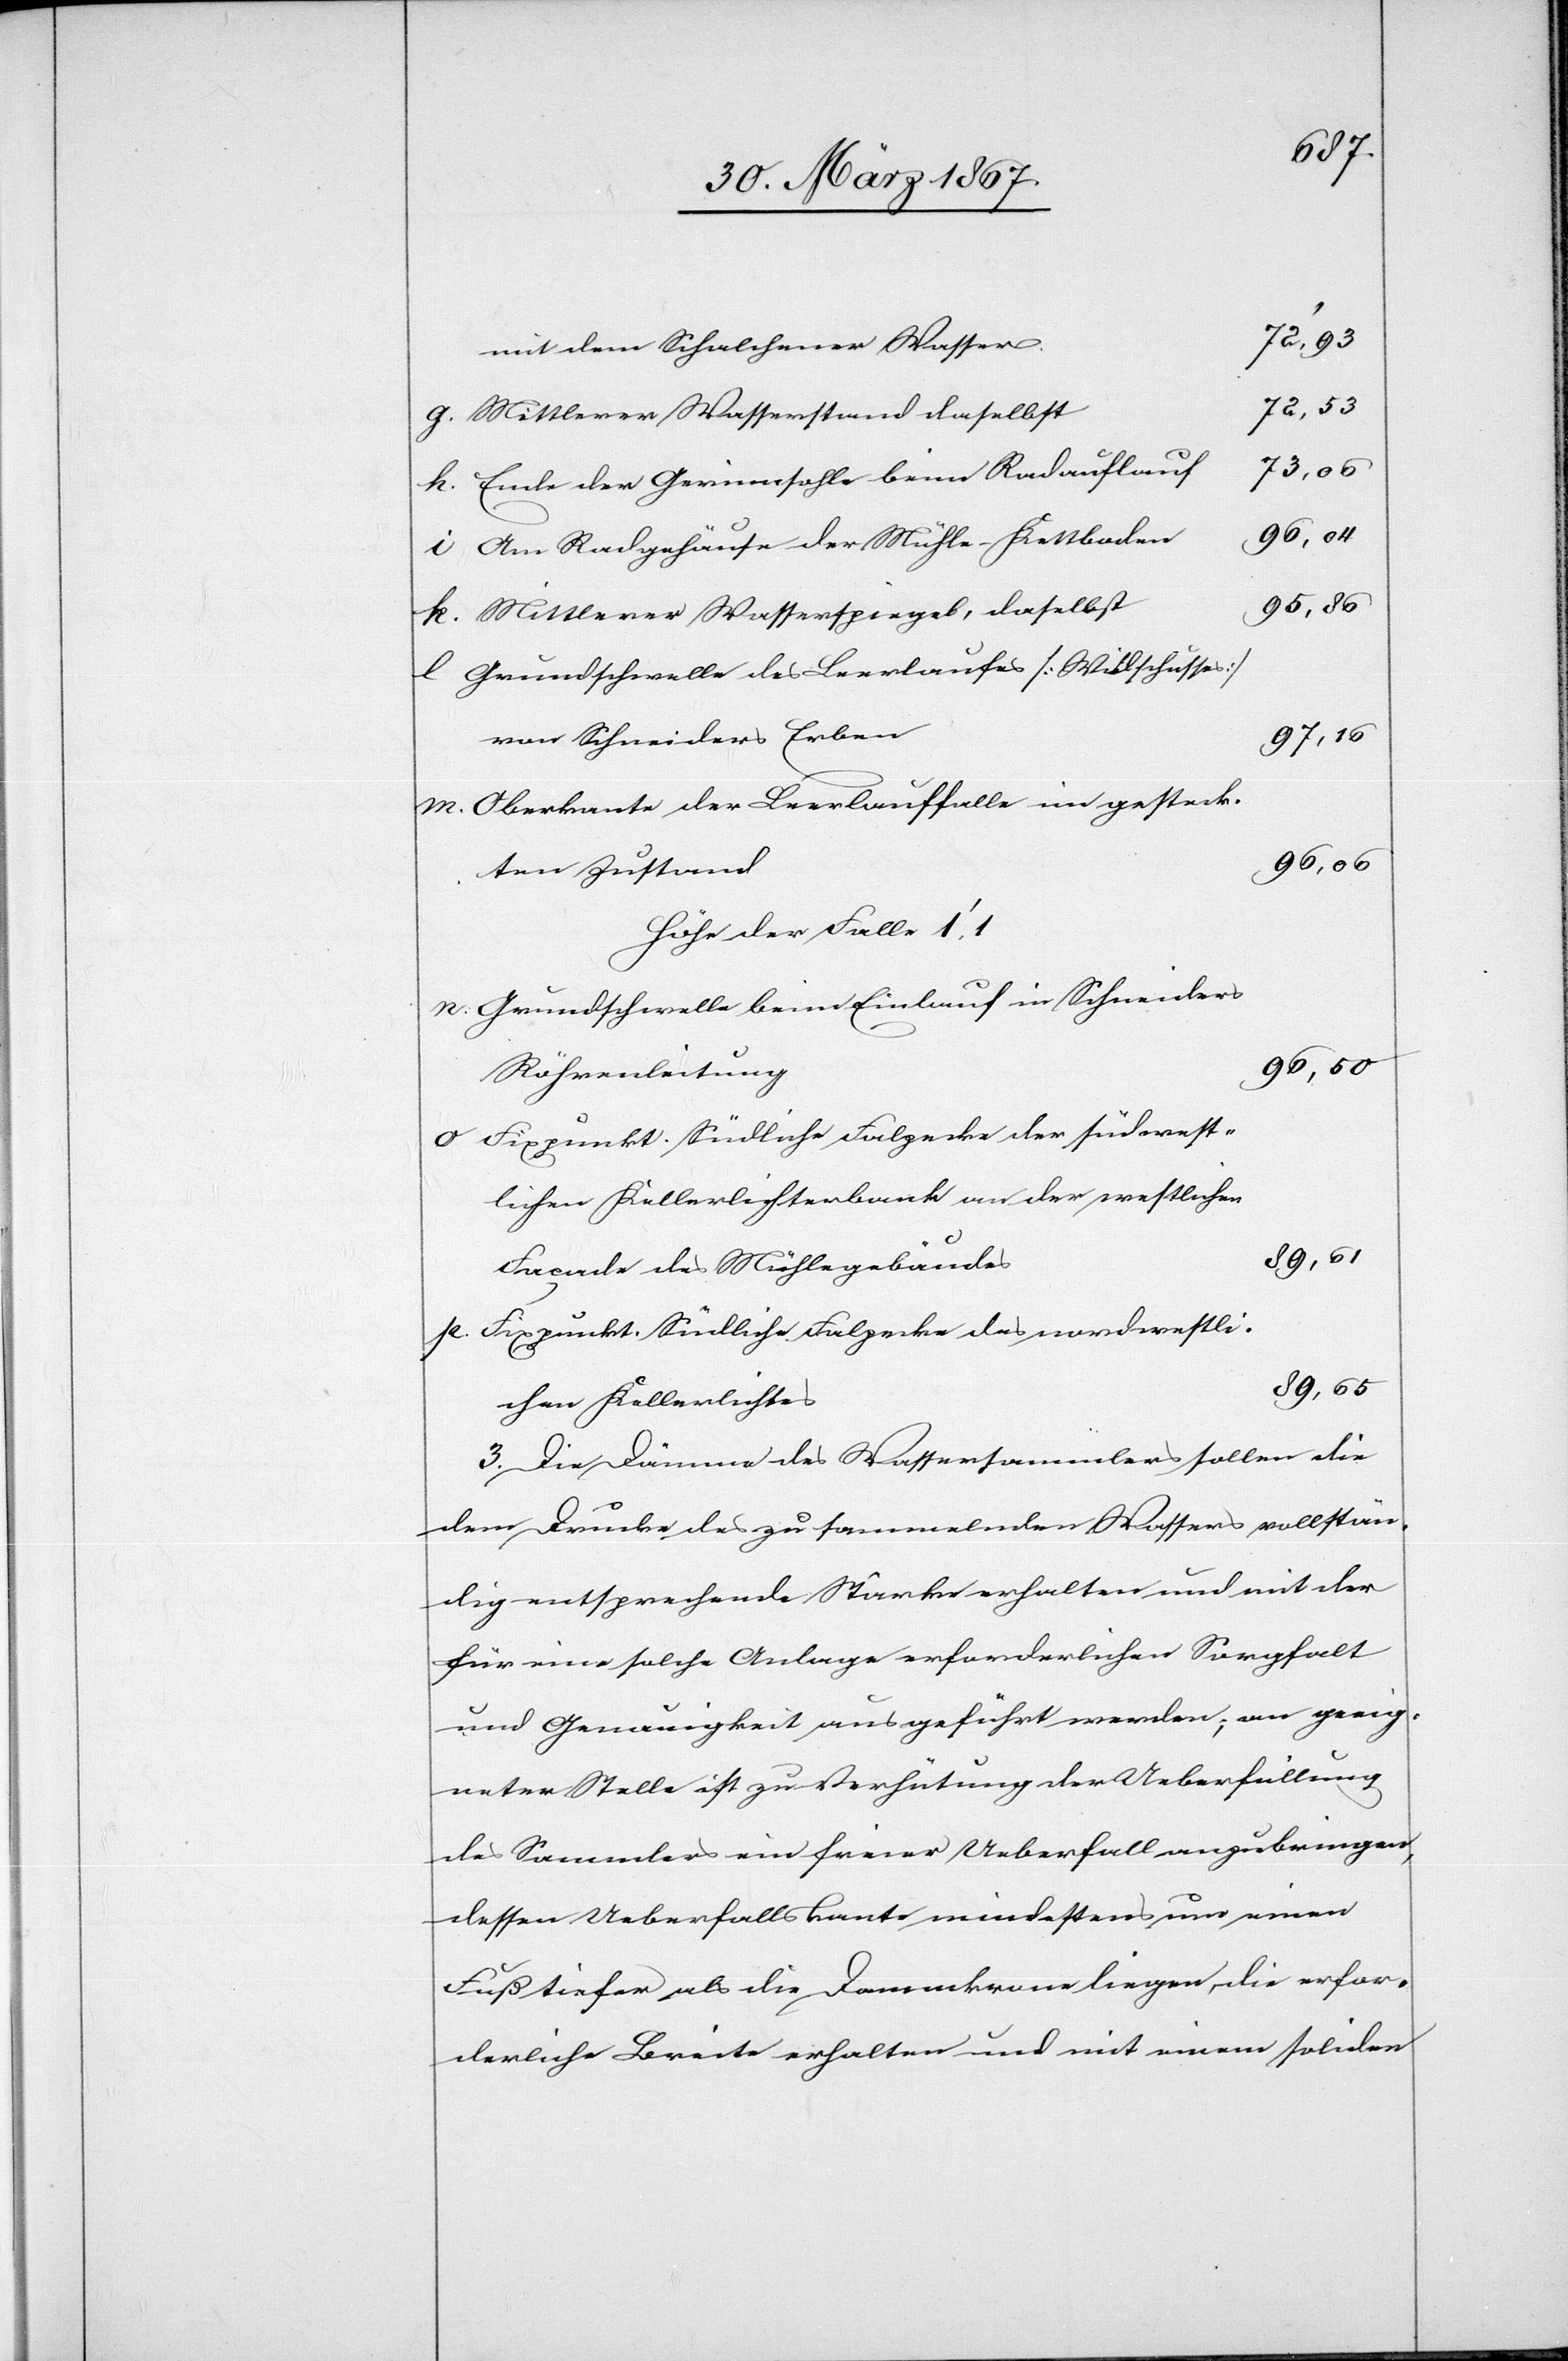
mit dem Schalchener Wasser.
72,53
Ende der Gerinnsohle beim Radauflauf
73.06
Am Radgehäuse der Mühle-Kettboden
96,50
Mittlerer Wasserspiegel, daselbst
Grundschwelle des Leerlaufes [Wildschusses]
von Schneiders Erben
97,16
Oberkante der Leerlauffalle im gesteck¬
ten Zustand
Höhe der Falle 1’,1
Grundschwelle beim Einlauf in Schneiders
Röhrenleitung
Fixpunkt. Südliche Falzecke der südwest¬
lichen Kellerlichterbank an der westlichen
Façade des Mühlegebäudes
Fixpunkt. Südliche Falzecke des nordwestli¬
89,65
chen Kellerlichtes
3. Die Dämme des Wassersammlers sollen die
dem Drucke des zu sammelnden Wassers vollstän¬
dig entsprechende Stärke erhalten und mit der
für eine solche Anlage erforderlichen Sorgfalt
und Genauigkeit ausgeführt werden; an geeig¬
neter Stelle ist zu Verhütung der Ueberfüllung
des Sammlers ein freier Ueberfall anzubringen,
dessen Ueberfallskante mindestens um einen
Fuß tiefer als die Dammkrone liegen, die erfor¬
derliche Breite erhalten und mit einem soliden